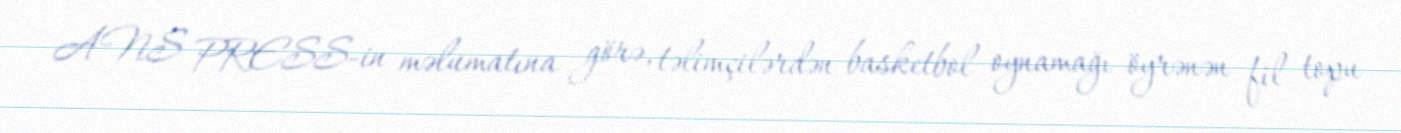
ANS PRESS-in məlumatına görə, təlimçilərdən basketbol oynamağı öyrənən fil topu